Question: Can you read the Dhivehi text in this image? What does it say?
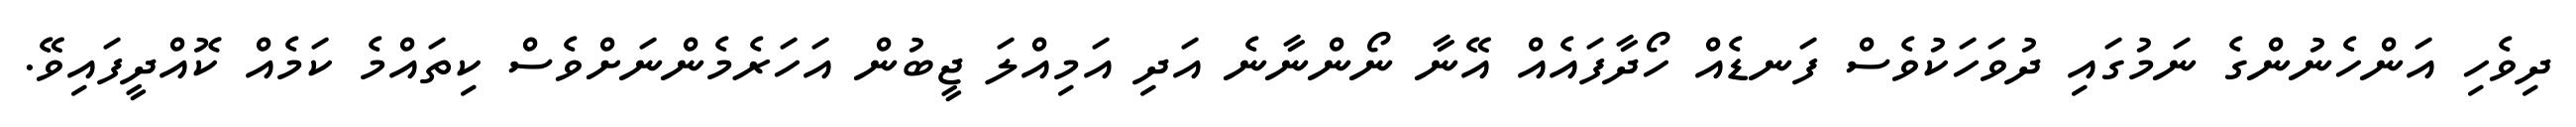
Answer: ދިވެހި އަންހެނުންގެ ނަމުގައި ދުވަހަކުވެސް ފަނޑެއް ހޯދާފައެއް އޭނާ ނޯންނާނެ އަދި އަމިއްލަ ޖީބުން އަހަރެމެންނަށްވެސް ކިތައްމެ ކަމެއް ކޮއްދީފައިވޭ.